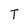
Character: T